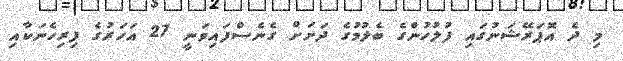
މި ދެ އޮޕަރޭޝަނުގައި ފުލުހުންގެ ބެލުމުގެ ދަށަށް ގެނެސްފައިވަނީ 27 އަހަރުގެ ފިރިހެނަކާއި